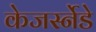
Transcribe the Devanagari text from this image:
केजर्स्नेडे